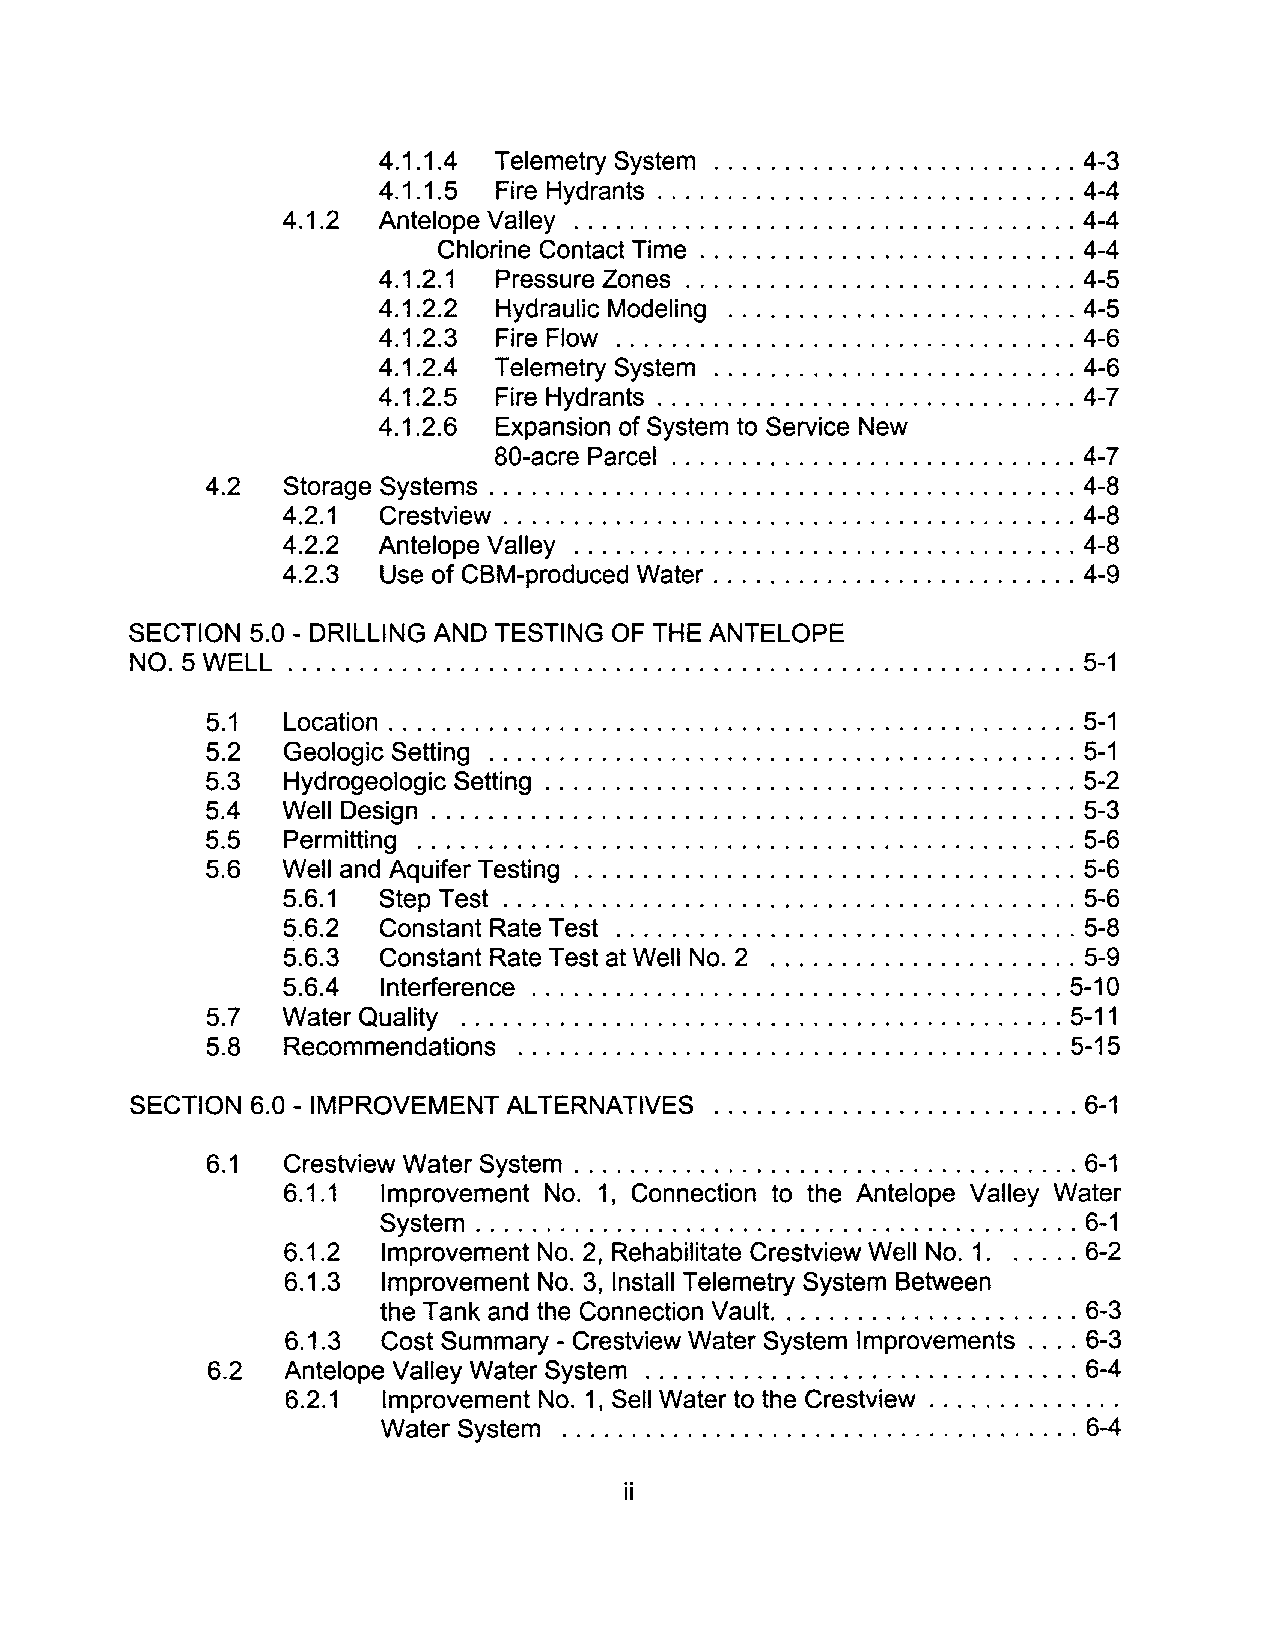
4.1.1.4 Telemetry System .......................... 4-3
 4.1.1.5 Fire Hydrants .............................. 4-4
 4.1.2 Antelope Valley .................................... 4-4
 Chlorine Contact Time ........................... 4-4
 4.1.2.1 Pressure Zones ............................ 4-5
 4.1.2.2 Hydraulic Modeling ......................... 4-5
 4.1.2.3 Fire Flow ................................. 4-6
 4.1.2.4 Telemetry System .......................... 4-6
 4.1.2.5 Fire Hydrants .............................. 4-7
 4.1.2.6 Expansion of System to Service New
 80-acre Parcel ............................. 4-7
 4.2  Storage Systems .......................................... 4-8
 4.2.1 Crestview ......................................... 4-8
 4.2.2 Antelope Valley .................................... 4-8
 4.2.3 Use of CBM-produced Water .......................... 4-9
 SECTION 5.0 - DRILLING AND TESTING OF THE ANTELOPE
 NO.5 WELL ........................................................ 5-1
 5.1  Location ................................................. 5-1
 5.2  Geologic Setting .......................................... 5-1
 5.3  Hydrogeologic Setting ...................................... 5-2
 5.4  Well Design .............................................. 5-3
 5.5  Permitting ............................................... 5-6
 5.6  Well and Aquifer Testing .................................... 5-6
 5.6.1 Step Test ......................................... 5-6
 q.6.2 Constant Rate Test ................................. 5-8
 5.6.3 Constant Rate Test at Well NO.2 ...................... 5-9
 5.6.4 Interference ...................................... 5-10
 5.7  Water Quality ........................................... 5-11
 5.8  Recommendations ....................................... 5-15
 SECTION 6.0 -IMPROVEMENT ALTERNATIVES .......................... 6-1
 6.1  Crestview Water System .................................... 6-1
 6.1.1 Improvement No.1, Connection to the Antelope Valley Water
 System ........................................... 6-1
 6.1.2 Improvement No.2, Rehabilitate Crestview Well NO.1. . .... 6-2
 6.1.3 Improvement No.3, Install Telemetry System Between
 the Tank and the Connection Vault. ..................... 6-3
 6.1.3 Cost Summary - Crestview Water System Improvements .... 6-3
 6.2  Antelope Valley Water System ............................... 6-4
 6.2.1 Improvement No.1, Sell Water to the Crestview ............. .
 Water System ..................................... 6-4
 ii